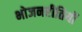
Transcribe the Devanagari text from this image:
भोजनरीतियों